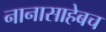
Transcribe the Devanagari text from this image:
नानासाहेबच